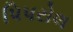
પિપરોલ